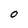
Character: 0